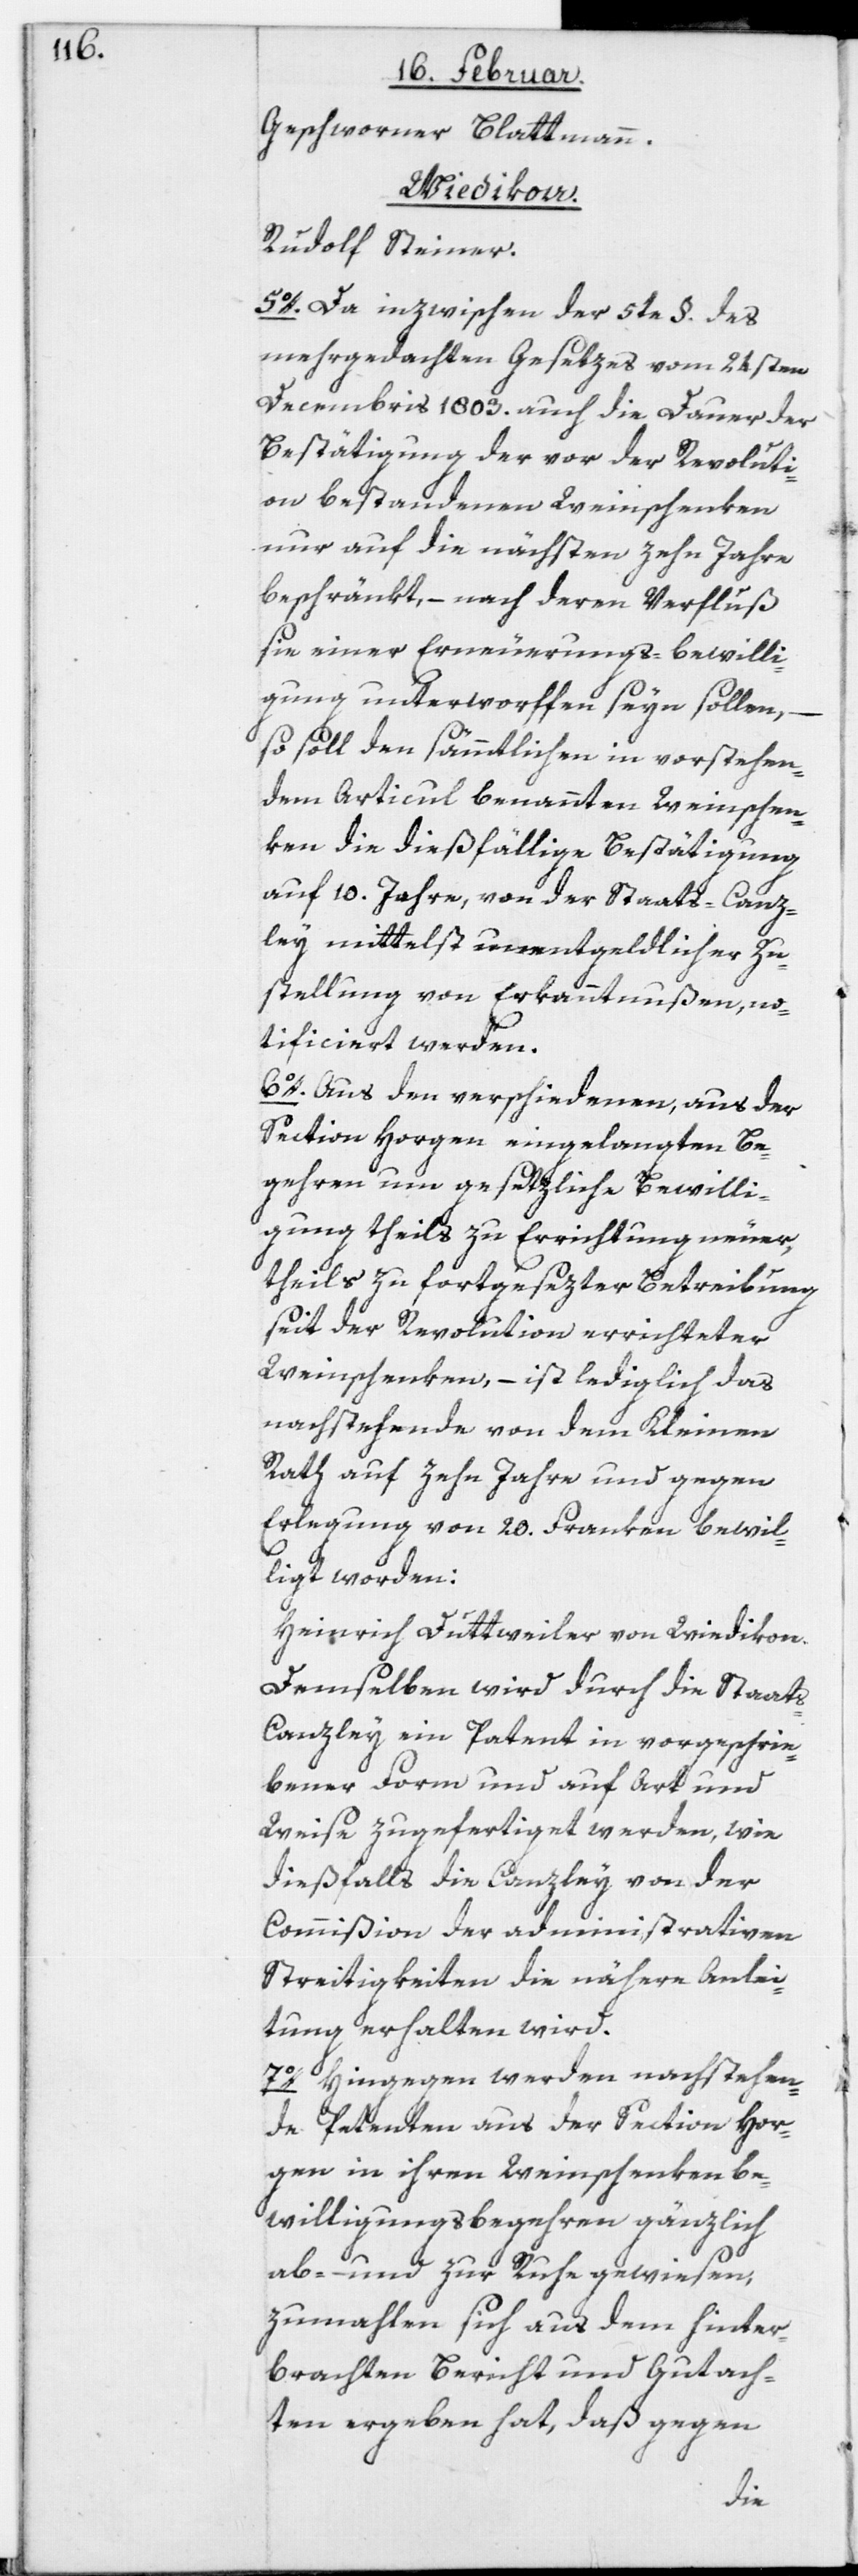
Geschworner Blattmann.
Wiedikon.
Rudolf Steiner.
5o. Da inzwischen der 5te §. des
mehrgedachten Gesetzes vom 21sten
Decembris 1803. auch die Dauer der
Bestätigung der vor der Revoluti¬
on bestandenen Weinschenken
nur auf die nächsten zehn Jahre
beschränkt, – nach deren Verfluß
sie einer Erneuerungs-Bewilli¬
gung unterworfen seyn sollen, –
so soll den sämmtlichen in vorstehen¬
dem Articul benannten Weinschen¬
ken die dießfällige Bestätigung
auf 10. Jahre, von der Staats-Canz¬
ley mittelst unentgeldlicher Zu¬
stellung von Erkanntnußen, no¬
tificiert werden.
6o. Aus den verschiedenen, aus der
Section Horgen eingelangten Be¬
gehren um gesetzliche Bewilli¬
gung theils zu Errichtung neuer,
theils zu fortgesetzter Betreibung
seit der Revolution errichteter
Weinschenken, – ist lediglich das
nachstehende von dem Kleinen
Rath auf zehn Jahre und gegen
Erlegung von 20. Franken bewil¬
ligt worden:
Heinrich Duttweiler von Wiedikon.
Demselben wird durch die Staat¬
s-Canzley ein Patent in vorgeschrie¬
bener Form und auf Art und
Weise zugefertiget werden, wie
dießfalls die Canzley von der
Commißion der administrativen
Streitigkeiten die nähere Anlei¬
tung erhalten wird.
7o. Hingegen werden nachstehen¬
de Petenten aus der Section Hor¬
gen in ihrem Weinschenkenbe¬
willigungsbegehren gänzlich
ab- und zur Ruhe gewiesen,
zumahlen sich aus dem hinter¬
brachten Bericht und Gutach¬
ten ergeben hat, daß gegen